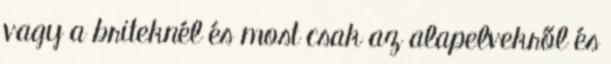
vagy a briteknél és most csak az alapelvekről és